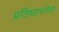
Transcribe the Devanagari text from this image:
प्रतिष्ठापनेचा